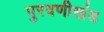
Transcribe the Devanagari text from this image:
पुरवणीखंड